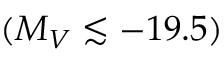
( M _ { V } \lesssim - 1 9 . 5 )